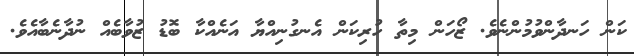
ކަން ހަނދާންވުމުންނެވެ. ޒޯހަން މިތާ ހުރިކަން އެނގުނިއްޔާ އަނެއްކާ ބޮޑު ޒުވާބެއް ނުދާނެބާއެވެ.